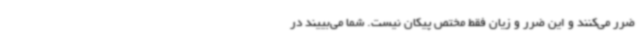
ضرر می‌کنند و این ضرر و زیان فقط مختص پیکان نیست. شما می‌بییند در